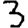
Digit: 3